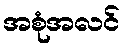
အစုံအလင်